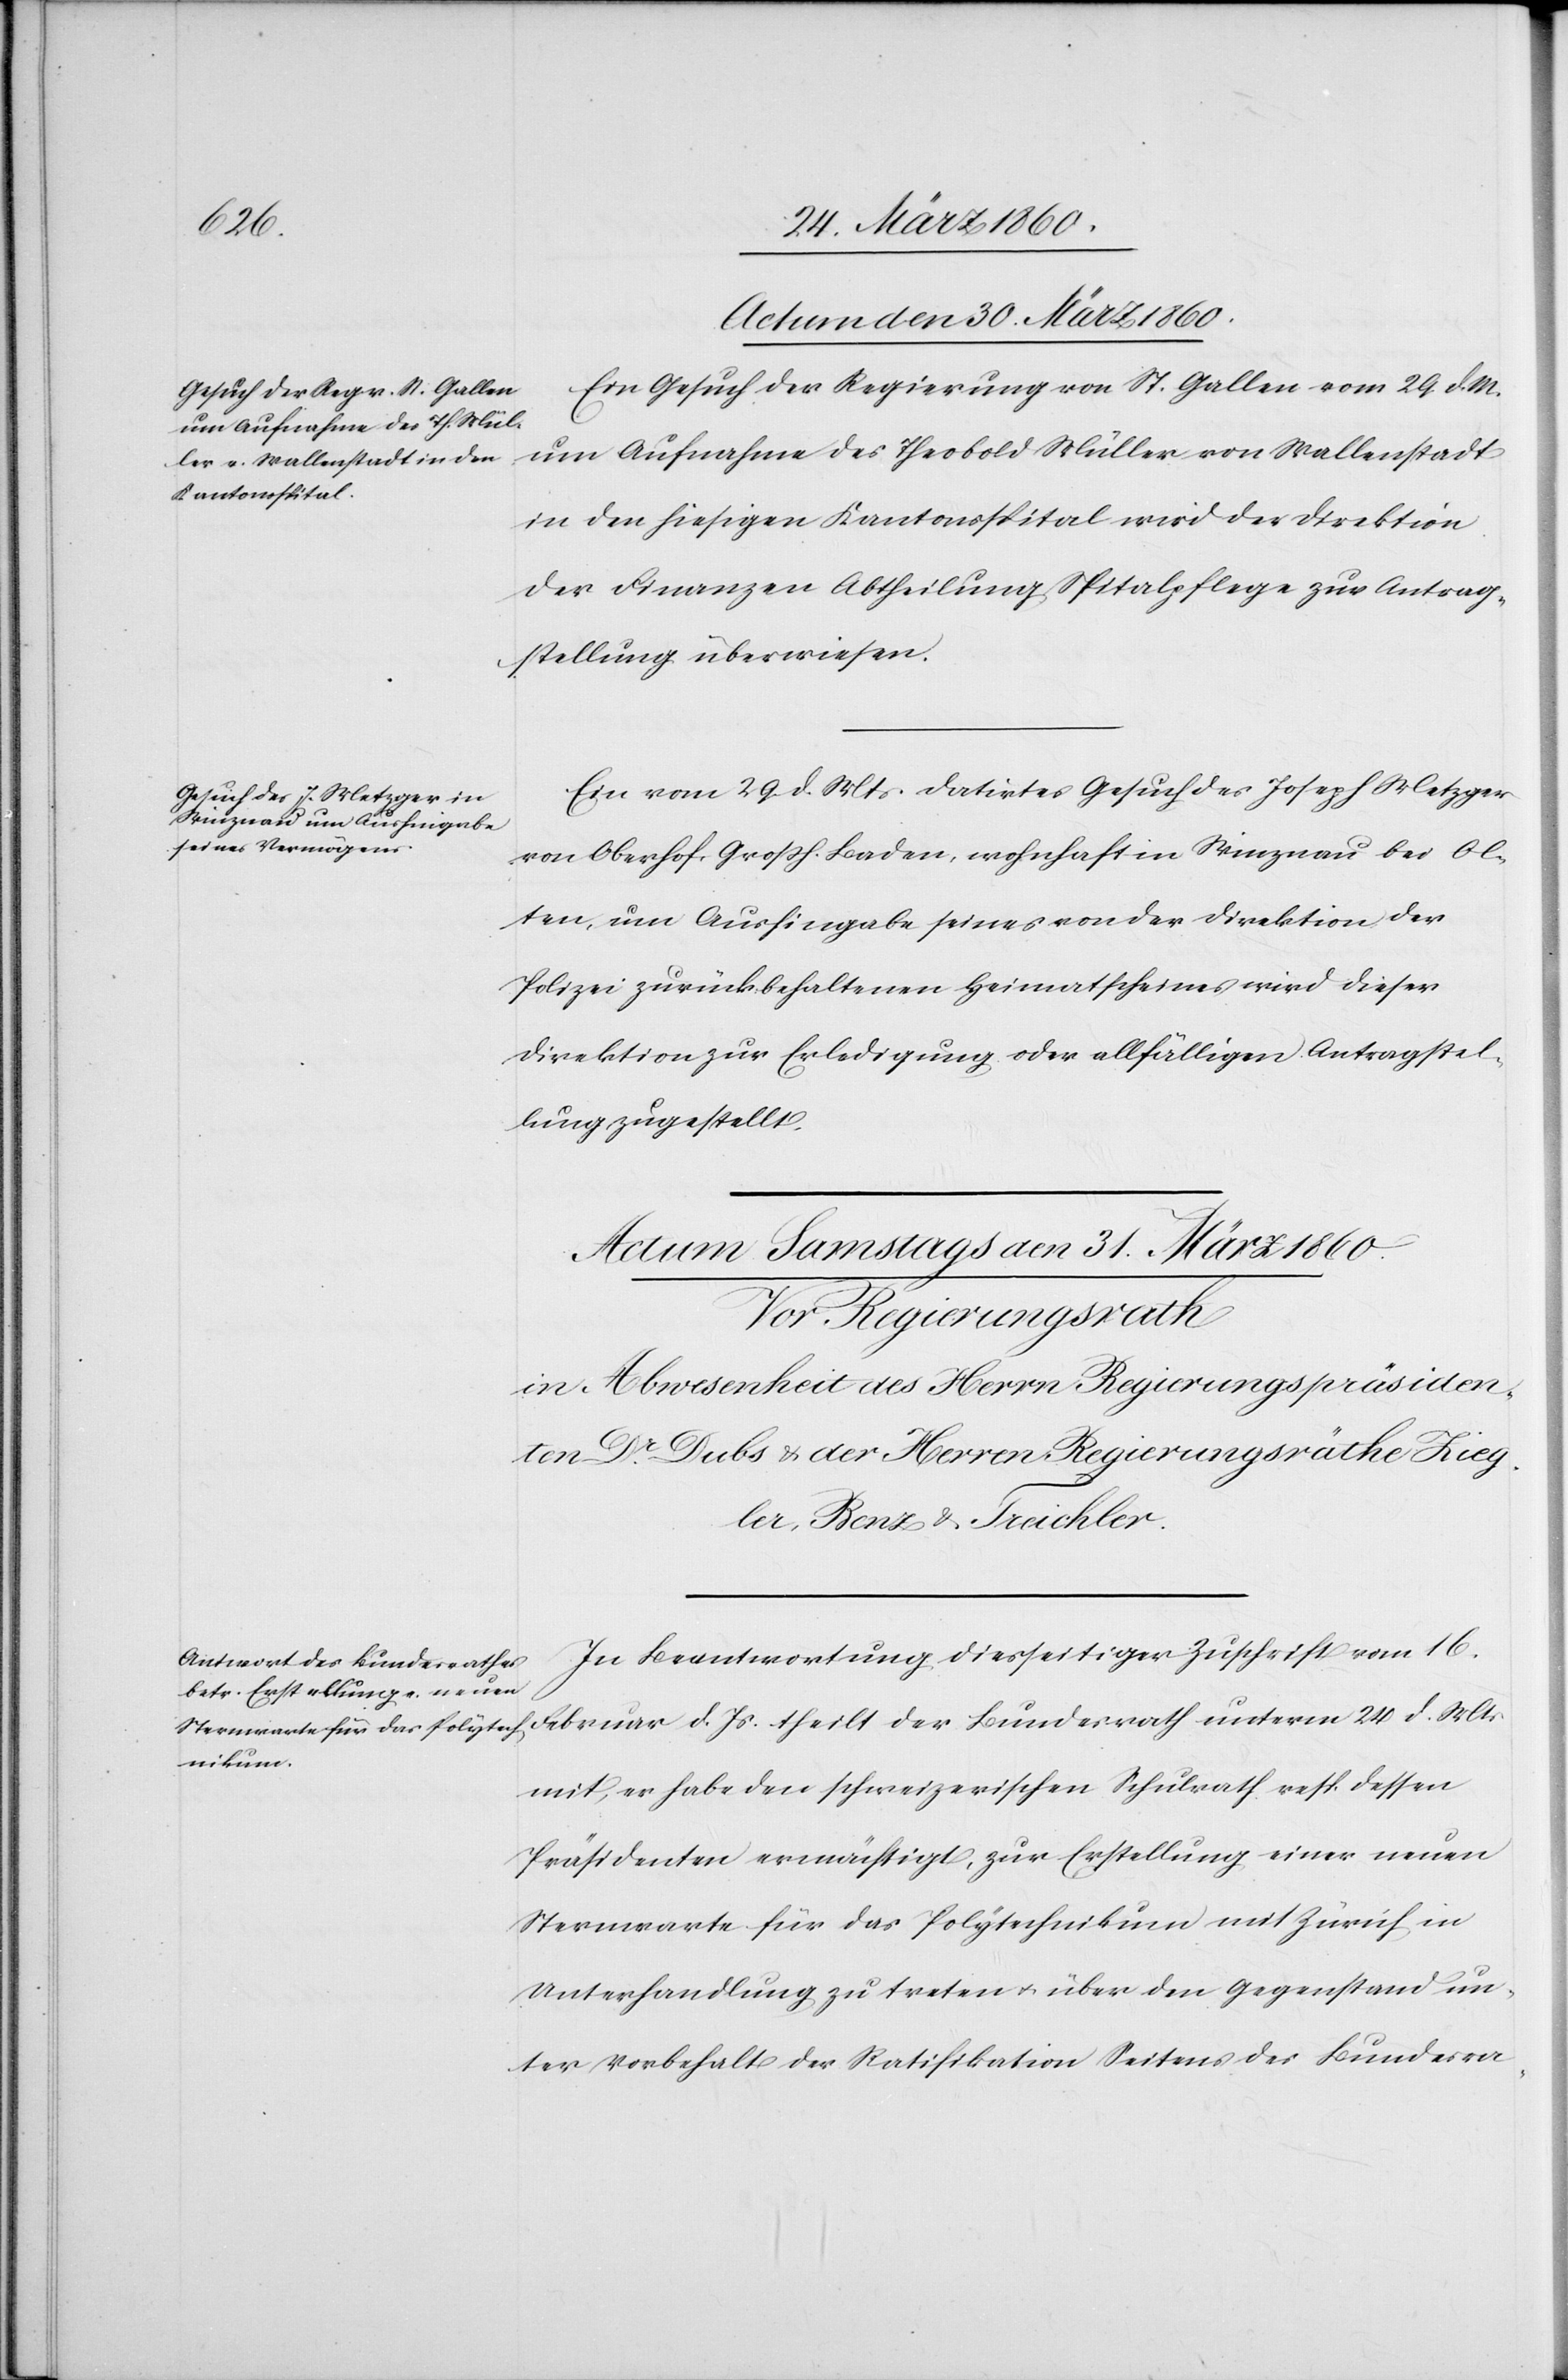
Actum den 30. März 1860.]
Ein Gesuch der Regierung von St. Gallen vom 29. d. M.
um Aufnahme des Theobold Müller von Wallenstadt
in den hiesigen Kantonsspital wird der Direktion
der Finanzen Abtheilung Spitalpflege zur Antrag¬
stellung überwiesen.
Ein vom 29. d. Mts. datirtes Gesuch des Joseph Metzger
von Oberhof, Grossh. Baden, wohnhaft in Winznau bei Ol¬
ten, um Aushingabe seines von der Direktion der
Polizei zurückbehaltenen Heimatscheines wird dieser
Direktion zur Erledigung oder allfälligen Antragstel¬
lung zugestellt.
In Beantwortung diesseitiger Zuschrift vom 16.
Februar d. Js. theilt der Bundesrath unterm 24. d. Mts.
mit, er habe den schweizerischen Schulrath resp. dessen
Präsidenten ermächtigt, zur Erstellung einer neuen
Sternwarte für das Polytechnikum mit Zürich in
Unterhandlung zu treten u. über den Gegenstand un¬
ter Vorbehalt der Ratifikation Seitens des Bundesra-